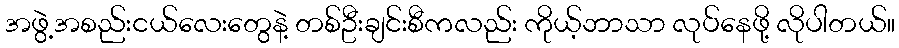
အဖွဲ့အစည်းငယ်လေးတွေနဲ့ တစ်ဦးချင်းစီကလည်း ကိုယ့်ဘာသာ လုပ်နေဖို့ လိုပါတယ်။